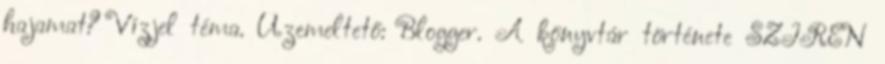
hajamat? Vízjel téma. Üzemeltető: Blogger. A könyvtár története SZIRÉN